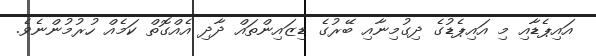
އައިޕެޑާއި މި އައިޕެޑުގެ ދިގުމިނާއި ބޭރުގެ ޑިޒައިންތައް ދާދި އެއްގޮތް ކަމެއް ހުރުމުންނެވެ.